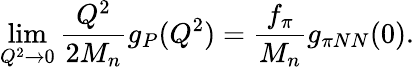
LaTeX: \operatorname*{lim}_{Q^{2}\rightarrow 0}\frac{Q^{2}}{2M_{n}}g_{P}(Q^{2})=\frac{f_{\pi}}{M_{n}}g_{\pi NN}(0).